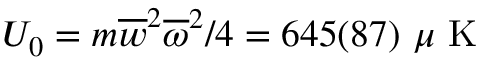
U _ { 0 } = m \overline { { w } } ^ { 2 } \overline { { \omega } } ^ { 2 } / 4 = 6 4 5 ( 8 7 ) ~ \mu \mathrm { ~ K ~ }